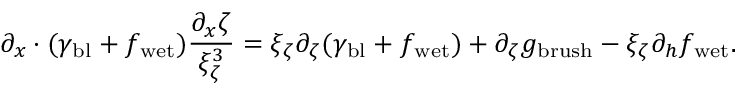
\partial _ { x } \cdot ( \gamma _ { \mathrm { b l } } + f _ { \mathrm { w e t } } ) \frac { \partial _ { x } \zeta } { \xi _ { \zeta } ^ { 3 } } = \xi _ { \zeta } \partial _ { \zeta } ( \gamma _ { \mathrm { b l } } + f _ { \mathrm { w e t } } ) + \partial _ { \zeta } g _ { \mathrm { b r u s h } } - \xi _ { \zeta } \partial _ { h } f _ { \mathrm { w e t } } .